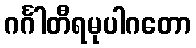
ဂင်္ဂါတီရမုပါဂတော